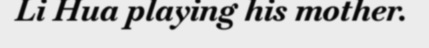
Li Hua playing his mother.